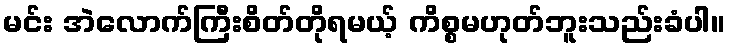
မင်း အဲလောက်ကြီးစိတ်တိုရမယ့် ကိစ္စမဟုတ်ဘူးသည်းခံပါ။